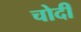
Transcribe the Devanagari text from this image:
चोदी